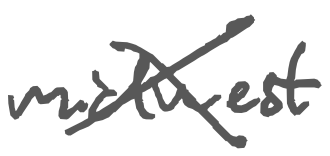
Text: Midwest
Cross-out: cross
Writing tool: digital_gray